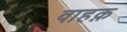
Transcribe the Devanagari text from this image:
वाहक़